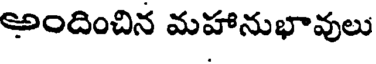
అందించిన మహానుభావులు